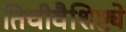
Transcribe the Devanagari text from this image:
तिचीवैशिष्ट्ये